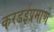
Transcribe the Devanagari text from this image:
करडईप्रमाणे